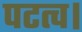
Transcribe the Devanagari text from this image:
पटत्व।